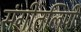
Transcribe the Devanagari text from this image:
संगीतलिपी